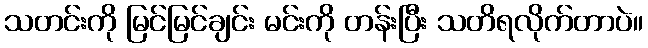
သတင်းကို မြင်မြင်ချင်း မင်းကို တန်းပြီး သတိရလိုက်တာပဲ။